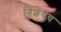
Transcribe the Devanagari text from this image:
विशेषच